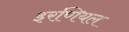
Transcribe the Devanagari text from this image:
इरणियल